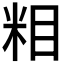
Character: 𱸷